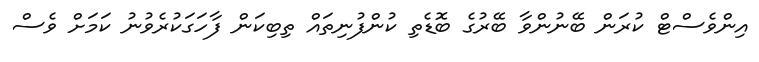
އިންވެސްޓް ކުރަން ބޭނުންވާ ބޭރުގެ ބޮޑެތި ކުންފުނިތައް ތިބިކަން ފާހަގަކުރެވުނު ކަމަށް ވެސް